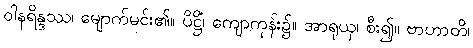
ဝါနရိန္ဒဿ၊ မျောက်မင်း၏။ ပိဋ္ဌိံ၊ ကျောကုန်း၌။ အာရုယှ၊ စီး၍။ ဗာဟာတိ၊